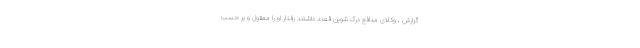
گزارش ، وکلای مدافع درک شوین قصد داشتند رفتار او را معقول و بر حسب